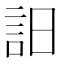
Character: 𧥵